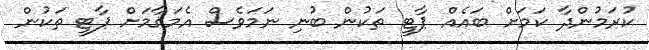
ކުރަމުންދާ ކަމަށް ބައެއް ޕާޓީ ތަކުން ބުނި ނަމަވެސް އެމަޤާމަށް ޕާޓީ ތަކުން